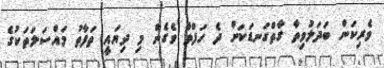
ވެރިކަން ބަދަލުވިތާ ގާތްގަނޑަކަށް ދެ ހަފްތާ ވެގެން މި ދިޔައީ ތަފާތު މައްސަލަތަކުގެ